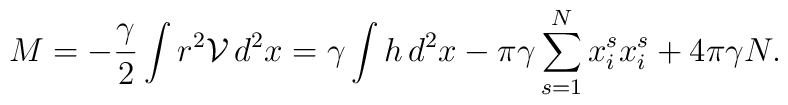
M=-\frac{\gamma}{2}\int r^{2}\mathcal{V}\, d^{2}x=\gamma \int h\, d^{2}x-\pi \gamma\sum_{s=1}^{N}x_{i}^{s}x_{i}^{s}+4\pi \gamma N.